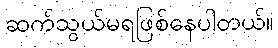
ဆက်သွယ်မရဖြစ်နေပါတယ်။